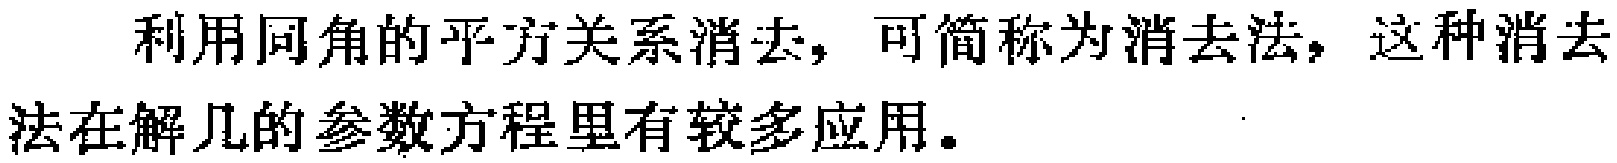
利用同角的平方关系消去，可简称为消去法，这种消去法在解几的参数方程里有较多应用。